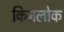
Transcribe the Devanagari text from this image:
किनलोक